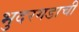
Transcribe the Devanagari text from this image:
भुदरगडाची